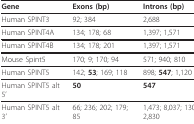
<table><thead><tr><td><b>Gene</b></td><td><b>Exons (bp)</b></td><td><b>Introns (bp)</b></td></tr></thead><tbody><tr><td>Human SPINT3</td><td>92; 384</td><td>2,688</td></tr><tr><td>Human SPINT4A</td><td>134; 178; 68</td><td>1,397; 1,571</td></tr><tr><td>Human SPINT4B</td><td>134; 178; 201</td><td>1,397; 1,571</td></tr><tr><td>Mouse Spint5</td><td>170; 9; 170; 94</td><td>571; 940; 810</td></tr><tr><td>Human SPINT5</td><td>142; <b>53</b>; 169; 118</td><td>898; <b>547</b>; 1,120</td></tr><tr><td>Human SPINT5 alt 5&#x27;</td><td><b>50</b></td><td><b>547</b></td></tr><tr><td>Human SPINT5 alt 3&#x27;</td><td>66; 236; 202; 179; 85</td><td>1,473; 8,037; 130; 1,917; 2,830</td></tr></tbody></table>